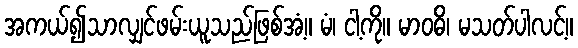
အကယ်၍သာလျှင်ဖမ်းယူသည်ဖြစ်အံ့။ မံ၊ ငါ့ကို။ မာဝဓိ၊ မသတ်ပါလင့်။